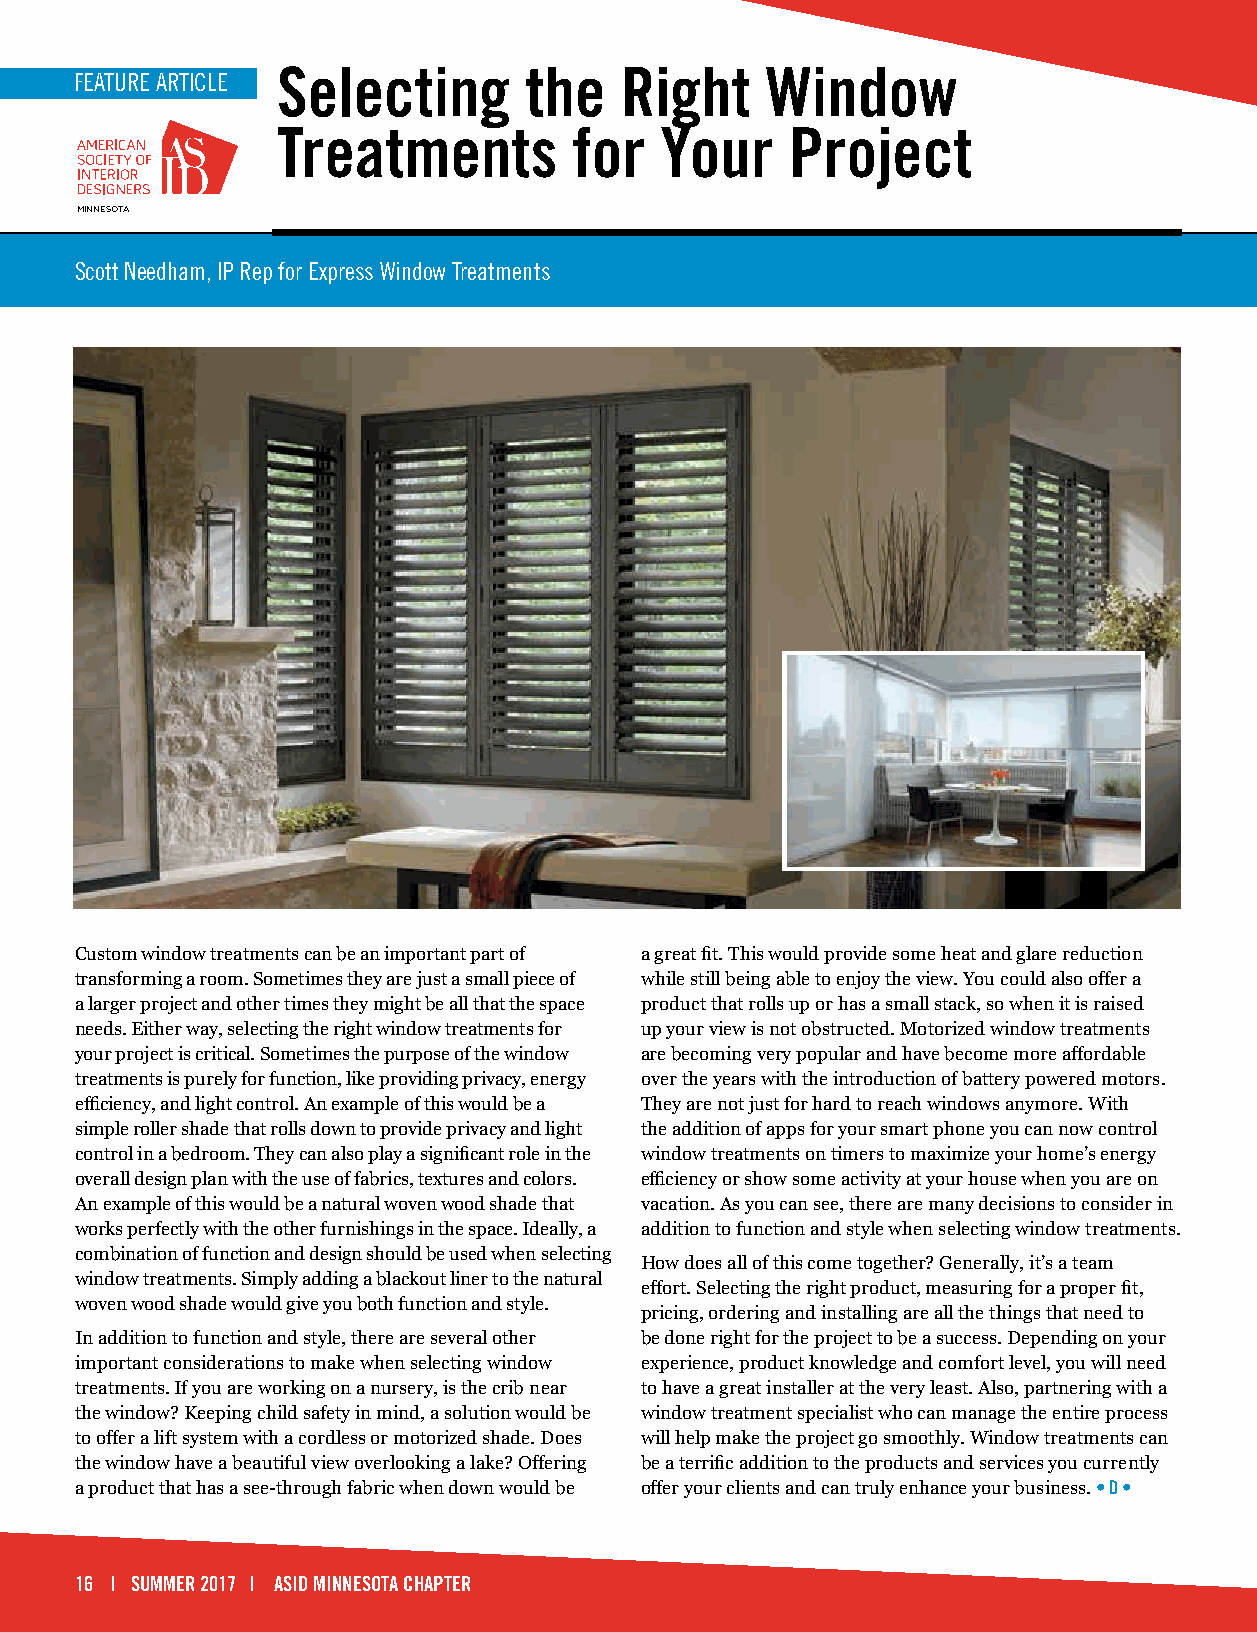
Selecting        the   Right     Window
 FEATURE ARTICLE
 Treatments          for   Your    Project
 MINNESOTA
 Scott Needham, IP Rep for Express Window Treatments
 Custom window treatments can be an important part of a great fit. This would provide some heat and glare reduction
 transforming a room. Sometimes they are just a small piece of while still being able to enjoy the view. You could also offer a
 a larger project and other times they might be all that the space product that rolls up or has a small stack, so when it is raised
 needs. Either way, selecting the right window treatments for up your view is not obstructed. Motorized window treatments
 your project is critical. Sometimes the purpose of the window are becoming very popular and have become more affordable
 treatments is purely for function, like providing privacy, energy over the years with the introduction of battery powered motors.
 efficiency, and light control. An example of this would be a They are not just for hard to reach windows anymore. With
 simple roller shade that rolls down to provide privacy and light the addition of apps for your smart phone you can now control
 control in a bedroom. They can also play a significant role in the window treatments on timers to maximize your home’s energy
 overall design plan with the use of fabrics, textures and colors. efficiency or show some activity at your house when you are on
 An example of this would be a natural woven wood shade that vacation. As you can see, there are many decisions to consider in
 works perfectly with the other furnishings in the space. Ideally, a addition to function and style when selecting window treatments.
 combination of function and design should be used when selecting
 How does all of this come together? Generally, it’s a team
 window treatments. Simply adding a blackout liner to the natural
 effort. Selecting the right product, measuring for a proper fit,
 woven wood shade would give you both function and style.
 pricing, ordering and installing are all the things that need to
 In addition to function and style, there are several other be done right for the project to be a success. Depending on your
 important considerations to make when selecting window experience, product knowledge and comfort level, you will need
 treatments. If you are working on a nursery, is the crib near to have a great installer at the very least. Also, partnering with a
 the window? Keeping child safety in mind, a solution would be window treatment specialist who can manage the entire process
 to offer a lift system with a cordless or motorized shade. Does will help make the project go smoothly. Window treatments can
 the window have a beautiful view overlooking a lake? Offering be a terrific addition to the products and services you currently
 a product that has a see-through fabric when down would be offer your clients and can truly enhance your business. • D •
 16 | SUMMER 2017 | ASID MINNESOTA CHAPTER